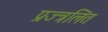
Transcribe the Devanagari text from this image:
प्रज्त्रलित